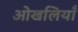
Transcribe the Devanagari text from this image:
ओखलियाँ